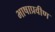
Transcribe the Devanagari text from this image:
भाषाप्रवीण